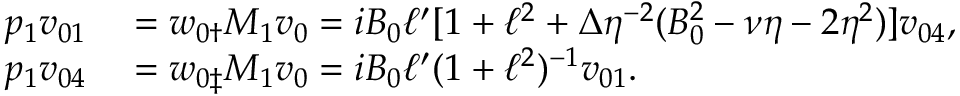
\begin{array} { r l } { p _ { 1 } v _ { 0 1 } } & { { } = \boldsymbol { w } _ { 0 \dag } M _ { 1 } \boldsymbol { v } _ { 0 } = i B _ { 0 } \ell ^ { \prime } [ 1 + \ell ^ { 2 } + \Delta \eta ^ { - 2 } ( B _ { 0 } ^ { 2 } - \nu \eta - 2 \eta ^ { 2 } ) ] v _ { 0 4 } , } \\ { p _ { 1 } v _ { 0 4 } } & { { } = \boldsymbol { w } _ { 0 \ddag } M _ { 1 } \boldsymbol { v } _ { 0 } = i B _ { 0 } \ell ^ { \prime } ( 1 + \ell ^ { 2 } ) ^ { - 1 } v _ { 0 1 } . } \end{array}